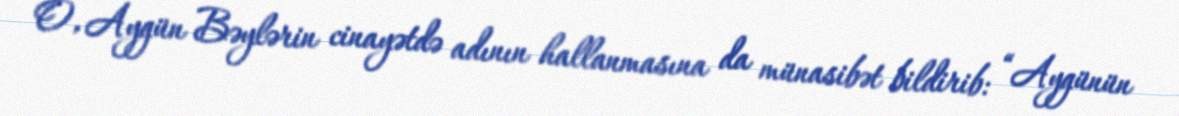
O, Aygün Bəylərin cinayətdə adının hallanmasına da münasibət bildirib: “Aygünün